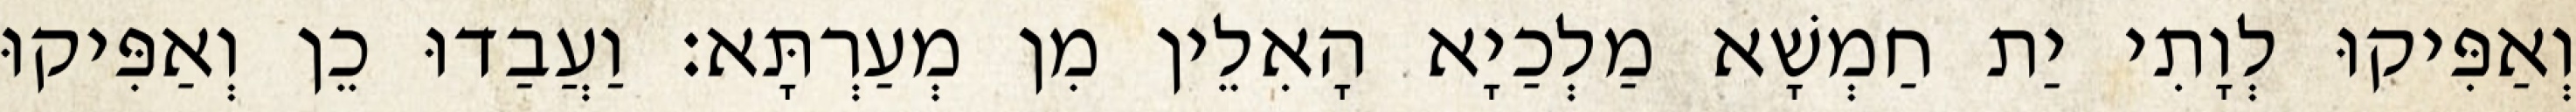
וְאַפִּיקוּ לְוָתִי יַת חַמְשָׁא מַלְכַיָא הָאִלֵין מִן מְעַרְתָּא׃ וַעֲבַדוּ כֵן וְאַפִּיקוּ